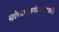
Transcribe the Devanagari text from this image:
रुद्रदेवताममुकगोत्रायामुकशर्मणे